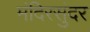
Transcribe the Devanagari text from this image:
मंदिरसुंदर